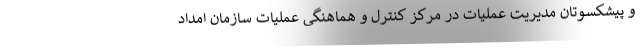
و پیشکسوتان مدیریت عملیات در مرکز کنترل و هماهنگی عملیات سازمان امداد